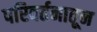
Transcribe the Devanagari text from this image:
परिवर्तनातून